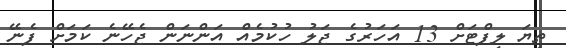
ތިޔަ ލިފްޓަށް 13 އަހަރުގެ ޖަލު ހުކުމެއް އަންނަން ޖެހޭނެ ކަމަށް ފެނޭ